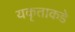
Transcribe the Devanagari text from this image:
यकृताकडे